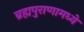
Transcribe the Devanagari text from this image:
ब्रह्मपुराणामध्ये